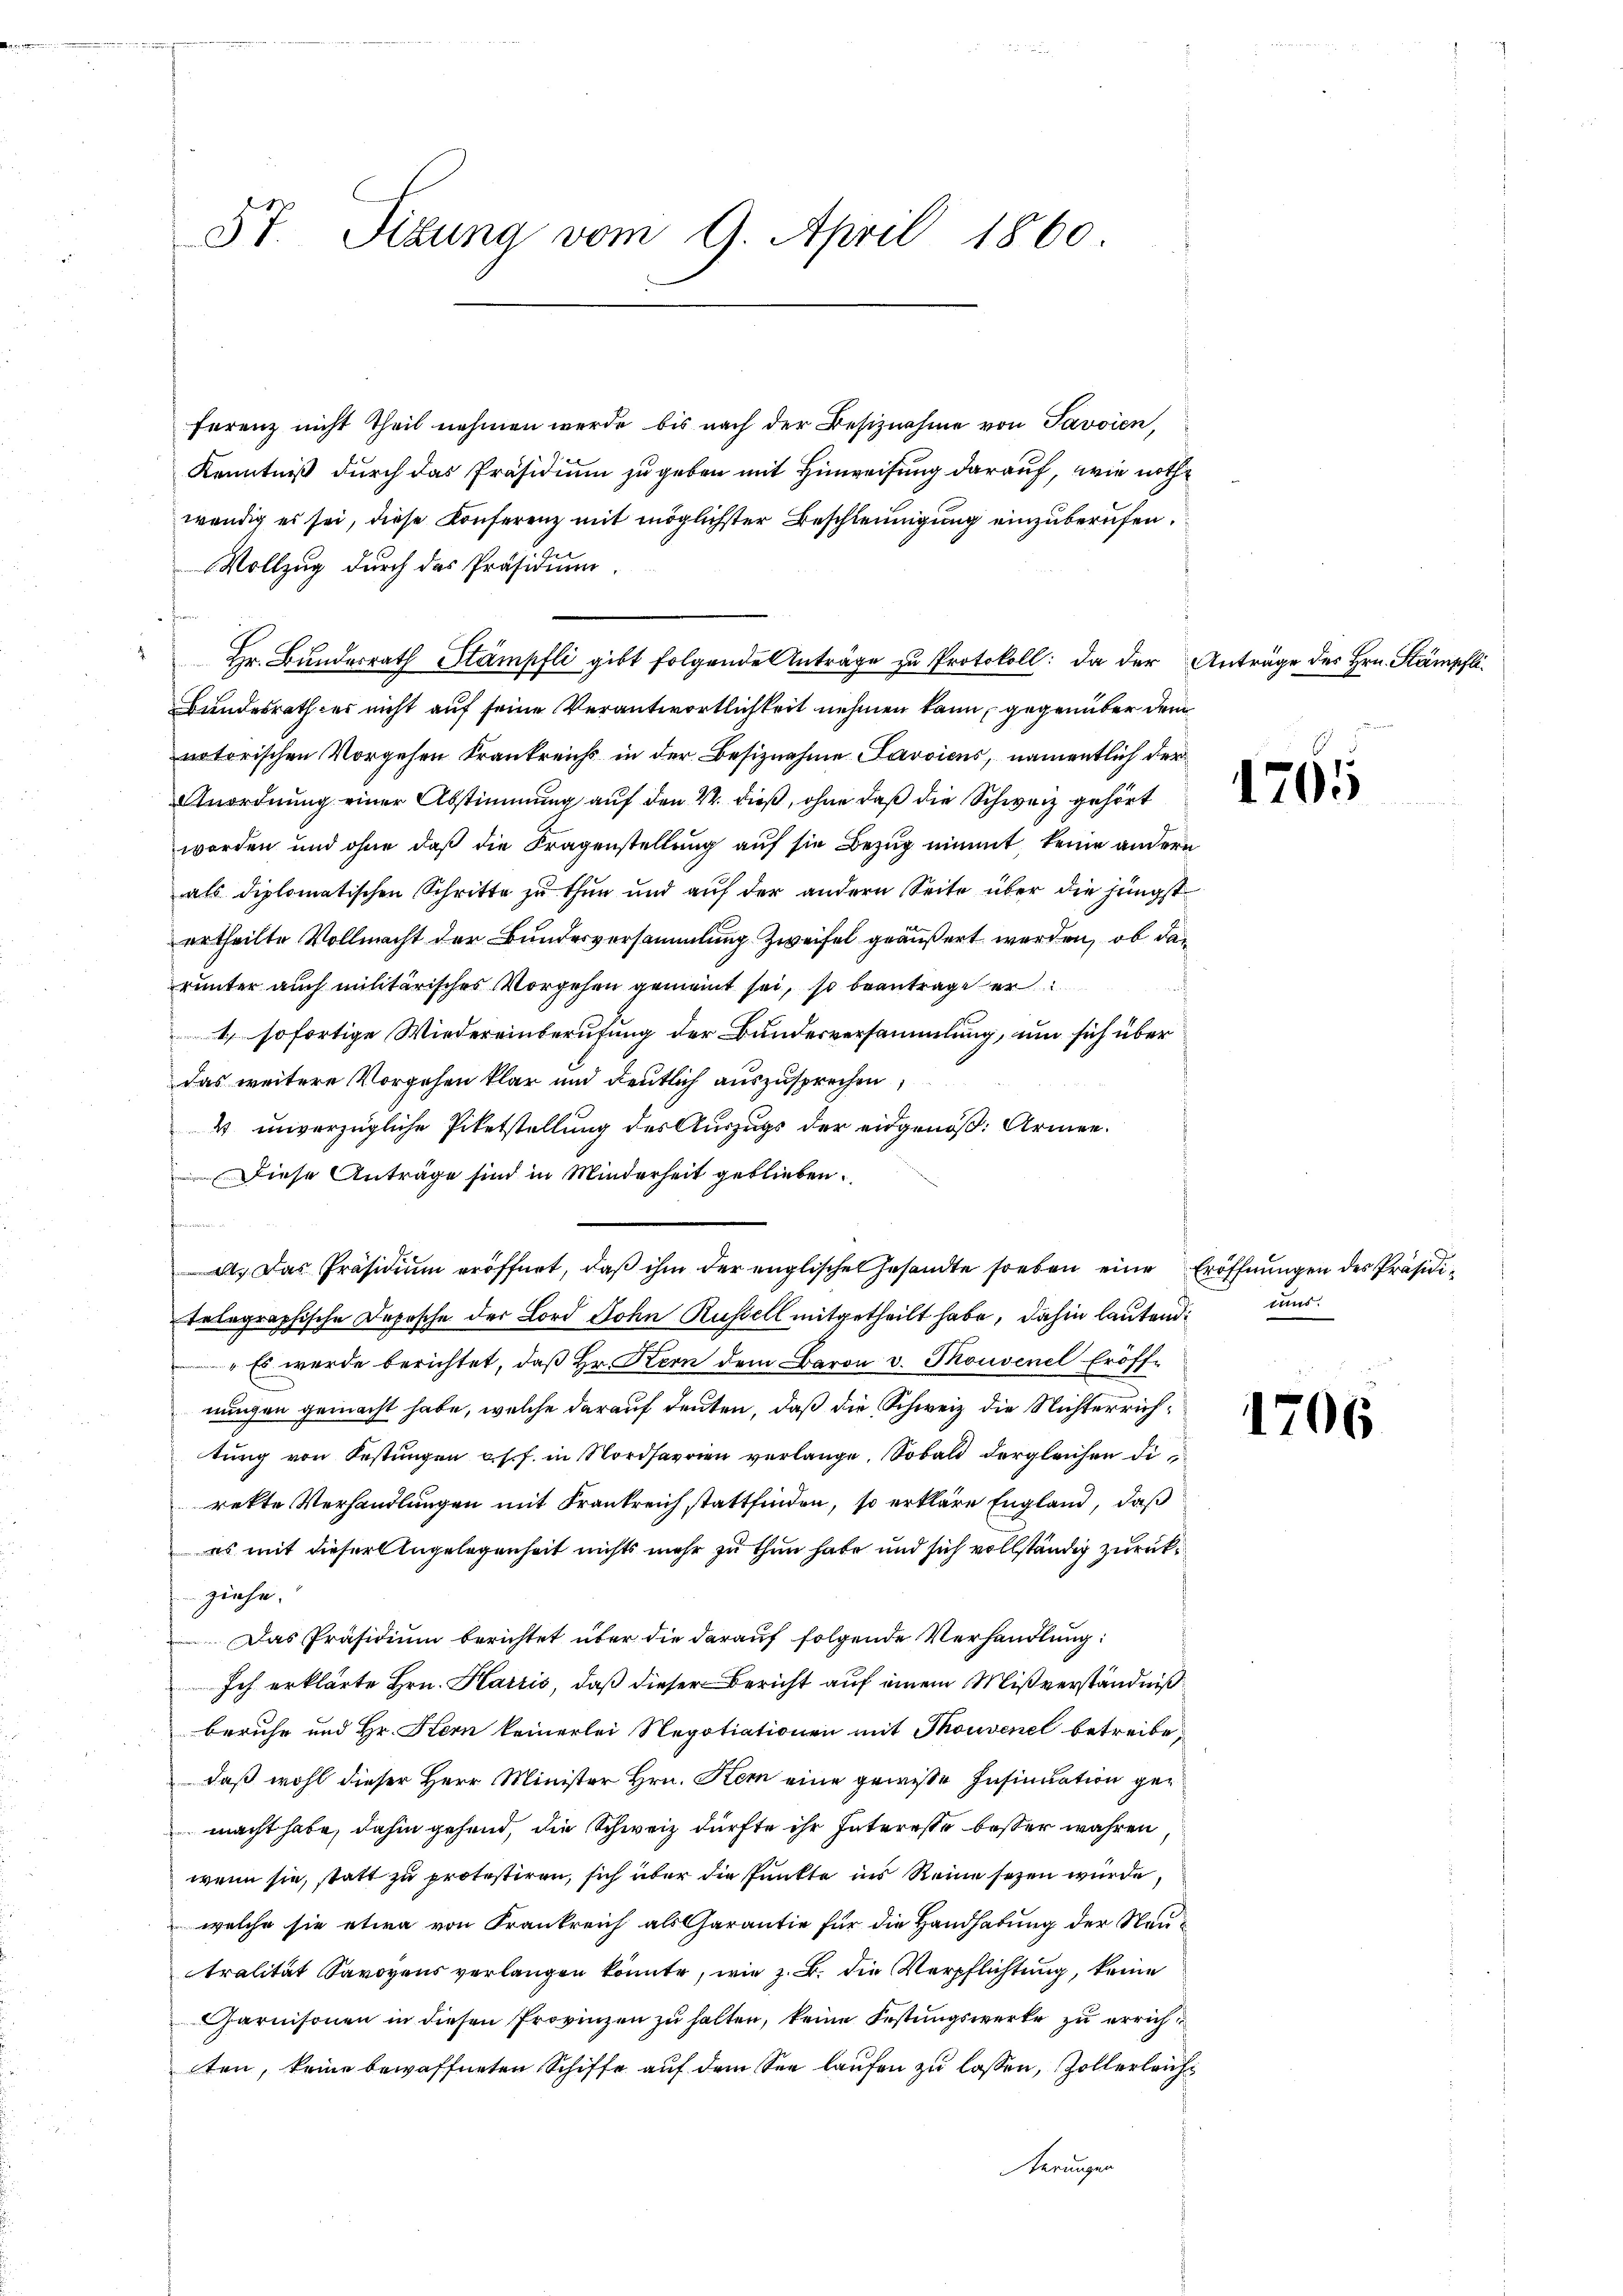
5t. Sizung vom 9. April 1860.

ferenz nicht Theil nehmen werde bis nach der Besiznahme von Savoien,
Kenntniß durch das Präsidium zu geben mit Hinweisung darauf, wie nothwendig es sei, diese Konferenz mit möglichster Beschleunigung einzuberufen.
Vollzug durch das Präsidium
Hr. Bundesrath Stämpfli gibt folgende Anträge zu Protokoll: Da der
Bundesrath der nicht auf seine Verantwortlichkeit nehmen kann, gegenüber dem
notorischen Vorgehen Krankreichs in der Besiznahme Savoicus, namentlich der
Anordnung einer Abstimmung auf den 24. dieß, ohne daß die Schweiz gehört
worden und ohne daß die Fragenstellung auf sie Bezug nimmt, keine anderals diplomatischen Schritte zu thun und auf der andern Seite über die jüngst
ertheilte Vollmacht der Bundesversammlung zweifel geäußert werden, ob da
runter auch militärisches Vorgehen gemeint sei, so beantrage er
d
4) sofortige Wiedereinberufung der Bundesversammlung, um sich über
das weitere Vorgehen klar und deutlich auszusprechen,
4 unverzügliche Pietstellung des Auszugs der eidgenöß: Armen¬
Diese Anträge sind in Minderheit geblieben.
fe
al. Das Präsidium eröffnet, daß ihm der englischen Gesandte soeben eine
telegraphische Deposche der Lord Dohn Rustell mitgetheilt habe, dahin lautend
„Es wurde berichtet, daß Hr. Kern dem Baron v. Thouvenel Eröffnungen gemacht habe, welche darauf deuten, daß die Schweiz die Nichterrichtŭng von Festungen u. s. f. in Nordsavoren verlange. Sobald dergleichen direkte Verhandlungen mit Frankreich stattfinden, so erkläre England, daß
es mit dieser Angelegenheit nichts mehr zu thun habe und sich vollständig zurückziehe.
Das Präsidiŭm berichtet über die darauf folgende Verhandlung:
Ich erklärte Hrn. Harris, daß dieser Bericht auf einem Mißverständniß
beruhe und Hr. Hern keinerlei Negotiationen mit Thouvenel betreibe
daß wohl dieser Herr Minister Hrn. Sei eine gewisse Insinuation ge¬
 macht habe, dahin gehend, die Schweiz dürfte ihr Interesse besser wahren
wenn sie, statt zu protestiren, sich über die Punkte ins Reine sezen wurde,
welche sie etwa von Frankreich als Garantie für die Handhabung der Neutralität Savoyens verlangen könnte, wie z. B. die Verpflichtung, keine
Garnisonen in diesen Provinzen zu halten, keine Festungswerke zu errichten, keine bewaffneten Schiffe auf dem See laufen zu lassen, Zollerleierungen

Anträge des Hrn. Stämpfli

i

1765

Eröffnungen des Präsidimus

1706